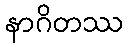
နာဂိတဿ